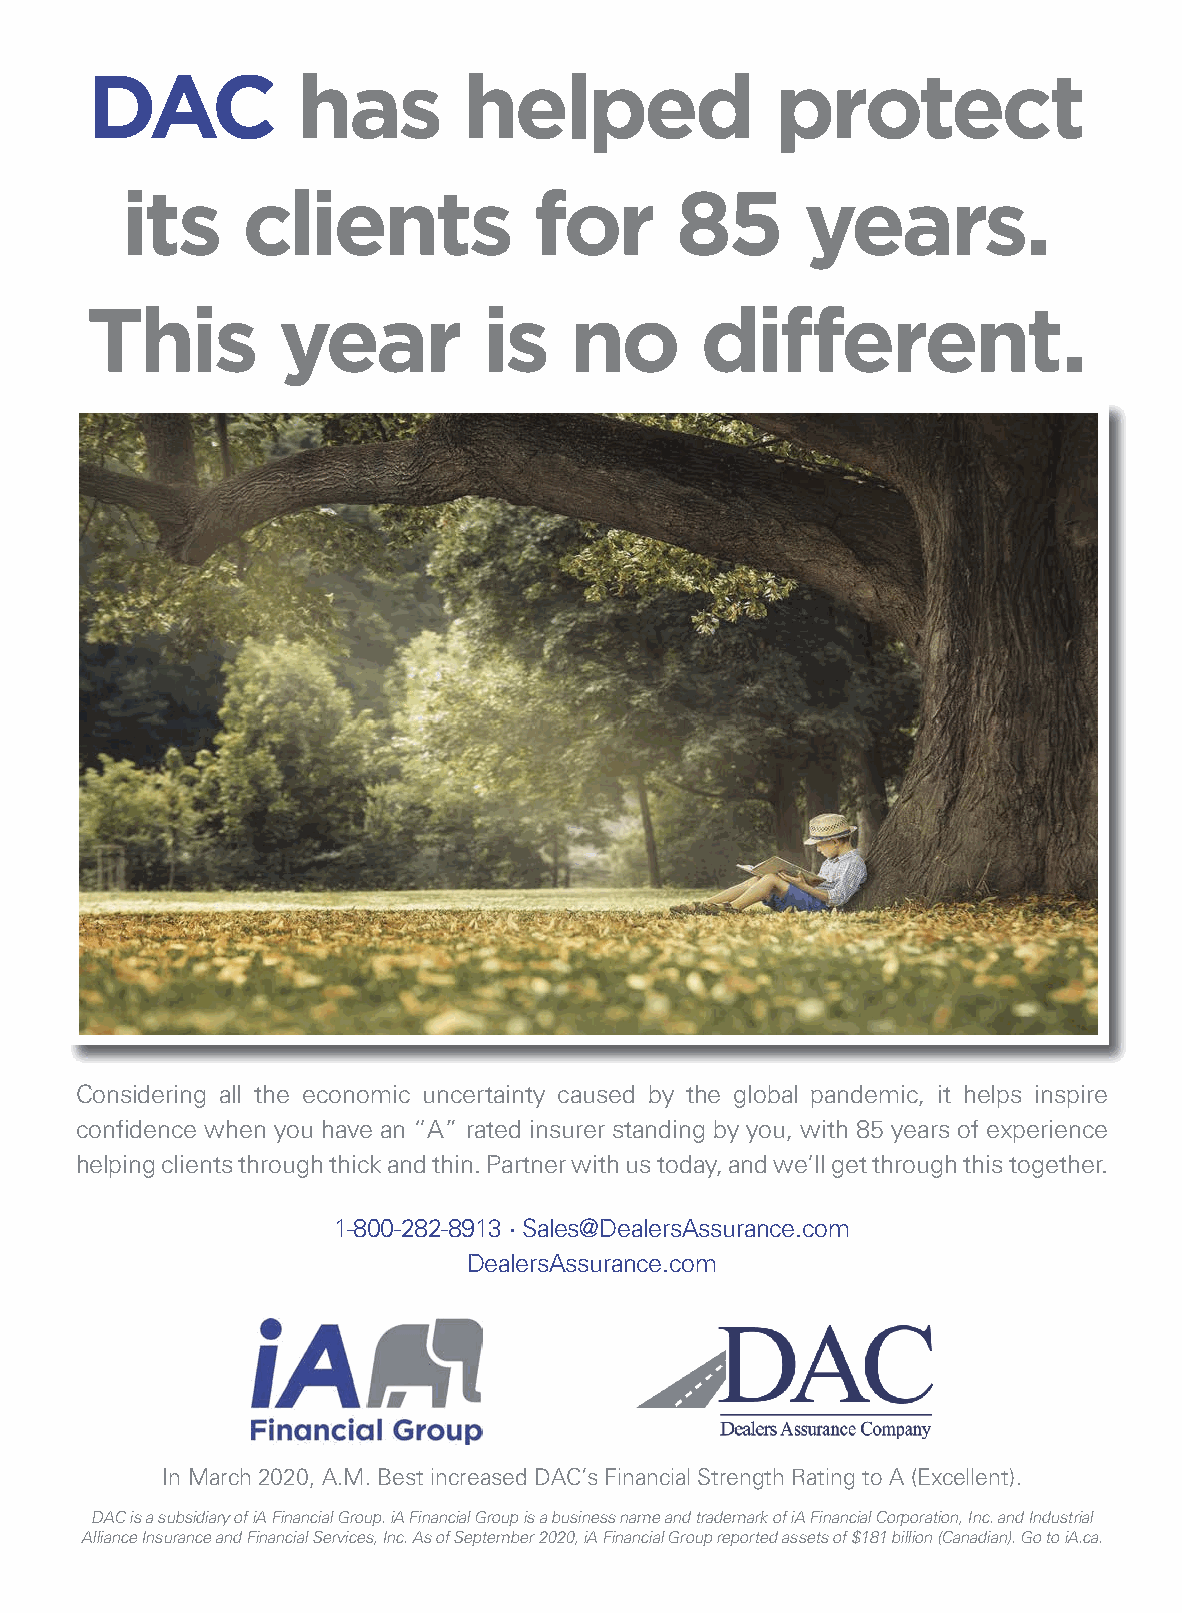
DAC           has        helped              protect
 its     clients            for       85      years.
 This        year          is    no      different.
 Considering all the economic uncertainty caused by the global pandemic, it helps inspire
 confidence when you have an “A” rated insurer standing by you, with 85 years of experience
 helping clients through thick and thin. Partner with us today, and we’ll get through this together.
 1-800-282-8913 • Sales@DealersAssurance.com
 DealersAssurance.com
 In March 2020, A.M. Best increased DAC’s Financial Strength Rating to A (Excellent).
 DAC is a subsidiary of iA Financial Group. iA Financial Group is a business name and trademark of iA Financial Corporation, Inc. and Industrial
 Alliance Insurance and Financial Services, Inc. As of September 2020, iA Financial Group reported assets of $181 billion (Canadian). Go to iA.ca.
 PPAAQQ44__22002200__CCoovveerrSSttoorryy..iinndddd 55                 99//2255//2200 22::0066 PPMM